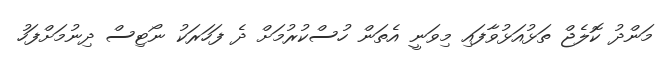
މަންދު ކޮލެޖް ތަޅުއަޅުވާފައި މިވަނީ އެތަން ހުސްކުރުމަށް ދެ ފަހަރަކު ނޯޓިސް ދިނުމަށްފަހު